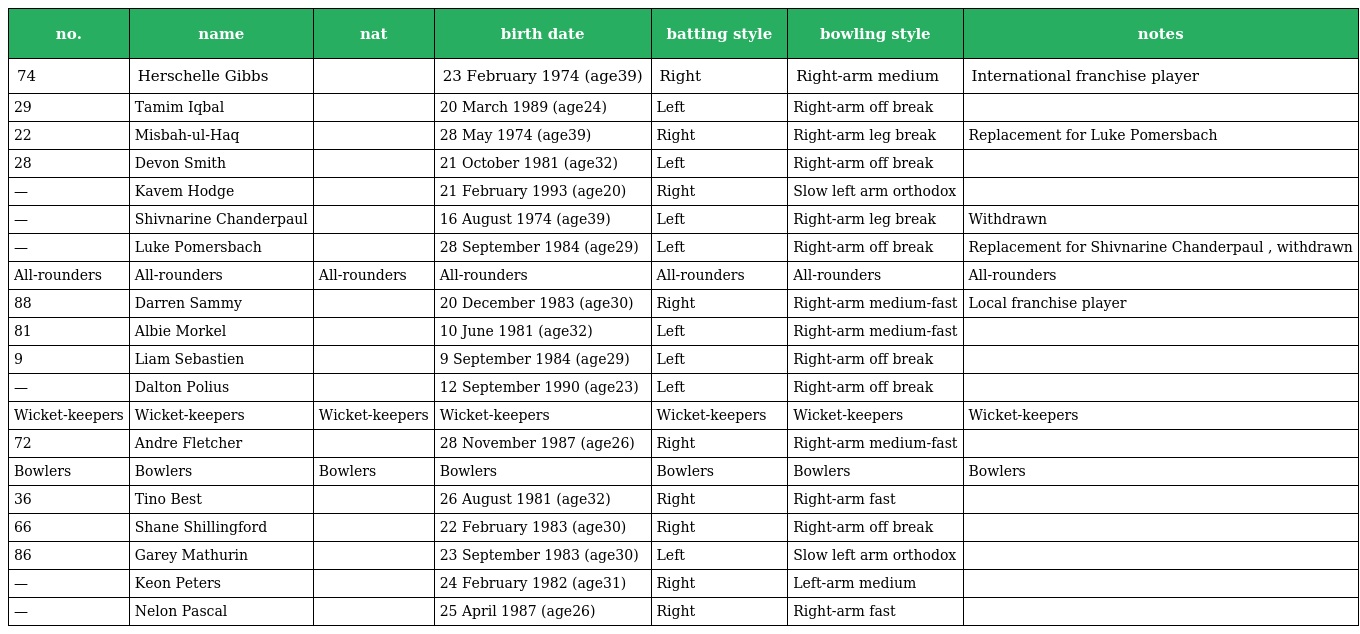
| no. | name | nat | birth date | batting style | bowling style | notes |
 | --- | --- | --- | --- | --- | --- | --- |
 | 74 | Herschelle Gibbs |  | 23 February 1974 (age39) | Right | Right-arm medium | International franchise player |
 | 29 | Tamim Iqbal |  | 20 March 1989 (age24) | Left | Right-arm off break |  |
 | 22 | Misbah-ul-Haq |  | 28 May 1974 (age39) | Right | Right-arm leg break | Replacement for Luke Pomersbach |
 | 28 | Devon Smith |  | 21 October 1981 (age32) | Left | Right-arm off break |  |
 | — | Kavem Hodge |  | 21 February 1993 (age20) | Right | Slow left arm orthodox |  |
 | — | Shivnarine Chanderpaul |  | 16 August 1974 (age39) | Left | Right-arm leg break | Withdrawn |
 | — | Luke Pomersbach |  | 28 September 1984 (age29) | Left | Right-arm off break | Replacement for Shivnarine Chanderpaul , withdrawn |
 | All-rounders | All-rounders | All-rounders | All-rounders | All-rounders | All-rounders | All-rounders |
 | 88 | Darren Sammy |  | 20 December 1983 (age30) | Right | Right-arm medium-fast | Local franchise player |
 | 81 | Albie Morkel |  | 10 June 1981 (age32) | Left | Right-arm medium-fast |  |
 | 9 | Liam Sebastien |  | 9 September 1984 (age29) | Left | Right-arm off break |  |
 | — | Dalton Polius |  | 12 September 1990 (age23) | Left | Right-arm off break |  |
 | Wicket-keepers | Wicket-keepers | Wicket-keepers | Wicket-keepers | Wicket-keepers | Wicket-keepers | Wicket-keepers |
 | 72 | Andre Fletcher |  | 28 November 1987 (age26) | Right | Right-arm medium-fast |  |
 | Bowlers | Bowlers | Bowlers | Bowlers | Bowlers | Bowlers | Bowlers |
 | 36 | Tino Best |  | 26 August 1981 (age32) | Right | Right-arm fast |  |
 | 66 | Shane Shillingford |  | 22 February 1983 (age30) | Right | Right-arm off break |  |
 | 86 | Garey Mathurin |  | 23 September 1983 (age30) | Left | Slow left arm orthodox |  |
 | — | Keon Peters |  | 24 February 1982 (age31) | Right | Left-arm medium |  |
 | — | Nelon Pascal |  | 25 April 1987 (age26) | Right | Right-arm fast |  |